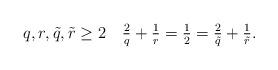
LaTeX: \begin{align*}q,r, \tilde q, \tilde r\geq2 \quad \tfrac{2}{q}+\tfrac{1}{r}=\tfrac{1}{2}=\tfrac{2}{\tilde q}+\tfrac{1}{\tilde r}.\end{align*}